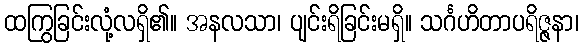
ထကြွခြင်းလုံ့လရှိ၏။ အနလသာ၊ ပျင်းရိခြင်းမရှိ။ သင်္ဂဟိတာပရိဇ္ဇနာ၊